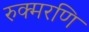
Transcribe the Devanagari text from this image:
रुक्मरणि